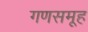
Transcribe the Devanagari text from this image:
गणसमूह